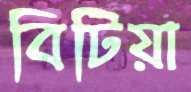
বিটিয়া